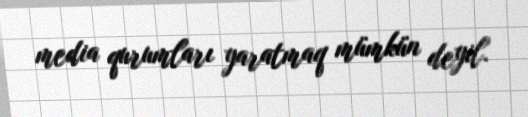
media qurumları yaratmaq mümkün deyil.